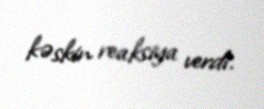
kəskin reaksiya verdi.